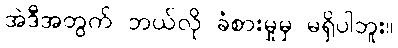
အဲဒီအတွက် ဘယ်လို ခံစားမှုမှ မရှိပါဘူး။